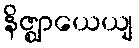
နိဇ္ဈာယေယျ